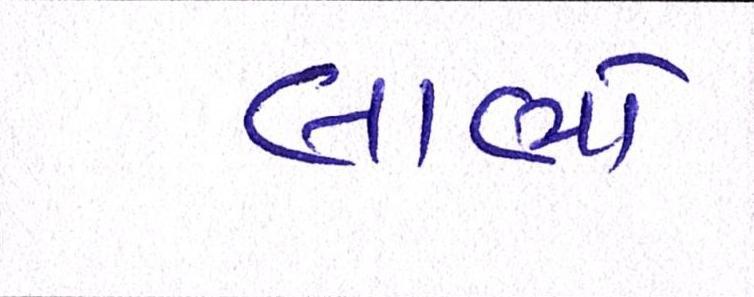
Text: લાભો